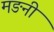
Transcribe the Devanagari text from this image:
मङनी